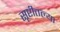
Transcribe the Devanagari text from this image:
सृष्टीतल्या